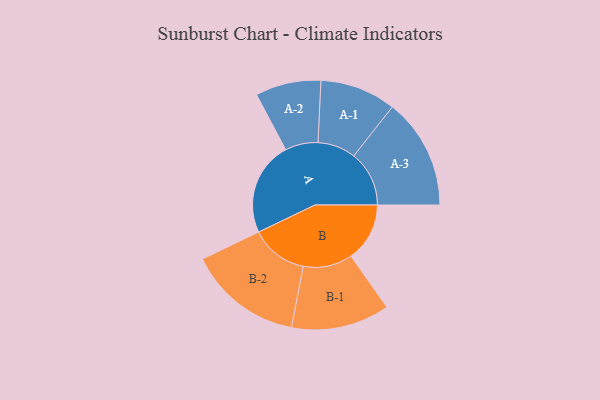
{"axis": {"x": "Segment", "y": "Value"}, "legend": ["", "A", "B"], "data": [{"x": "A", "y": 395, "type": ""}, {"x": "B", "y": 247, "type": ""}, {"x": "A-1", "y": 160, "type": "A"}, {"x": "A-2", "y": 138, "type": "A"}, {"x": "A-3", "y": 233, "type": "A"}, {"x": "B-1", "y": 207, "type": "B"}, {"x": "B-2", "y": 241, "type": "B"}]}